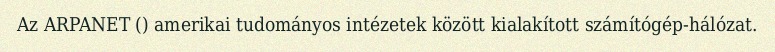
Az ARPANET () amerikai tudományos intézetek között kialakított számítógép-hálózat.